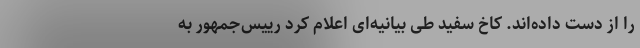
را از دست داده‌اند. کاخ سفید طی بیانیه‌ای اعلام کرد رییس‌جمهور به